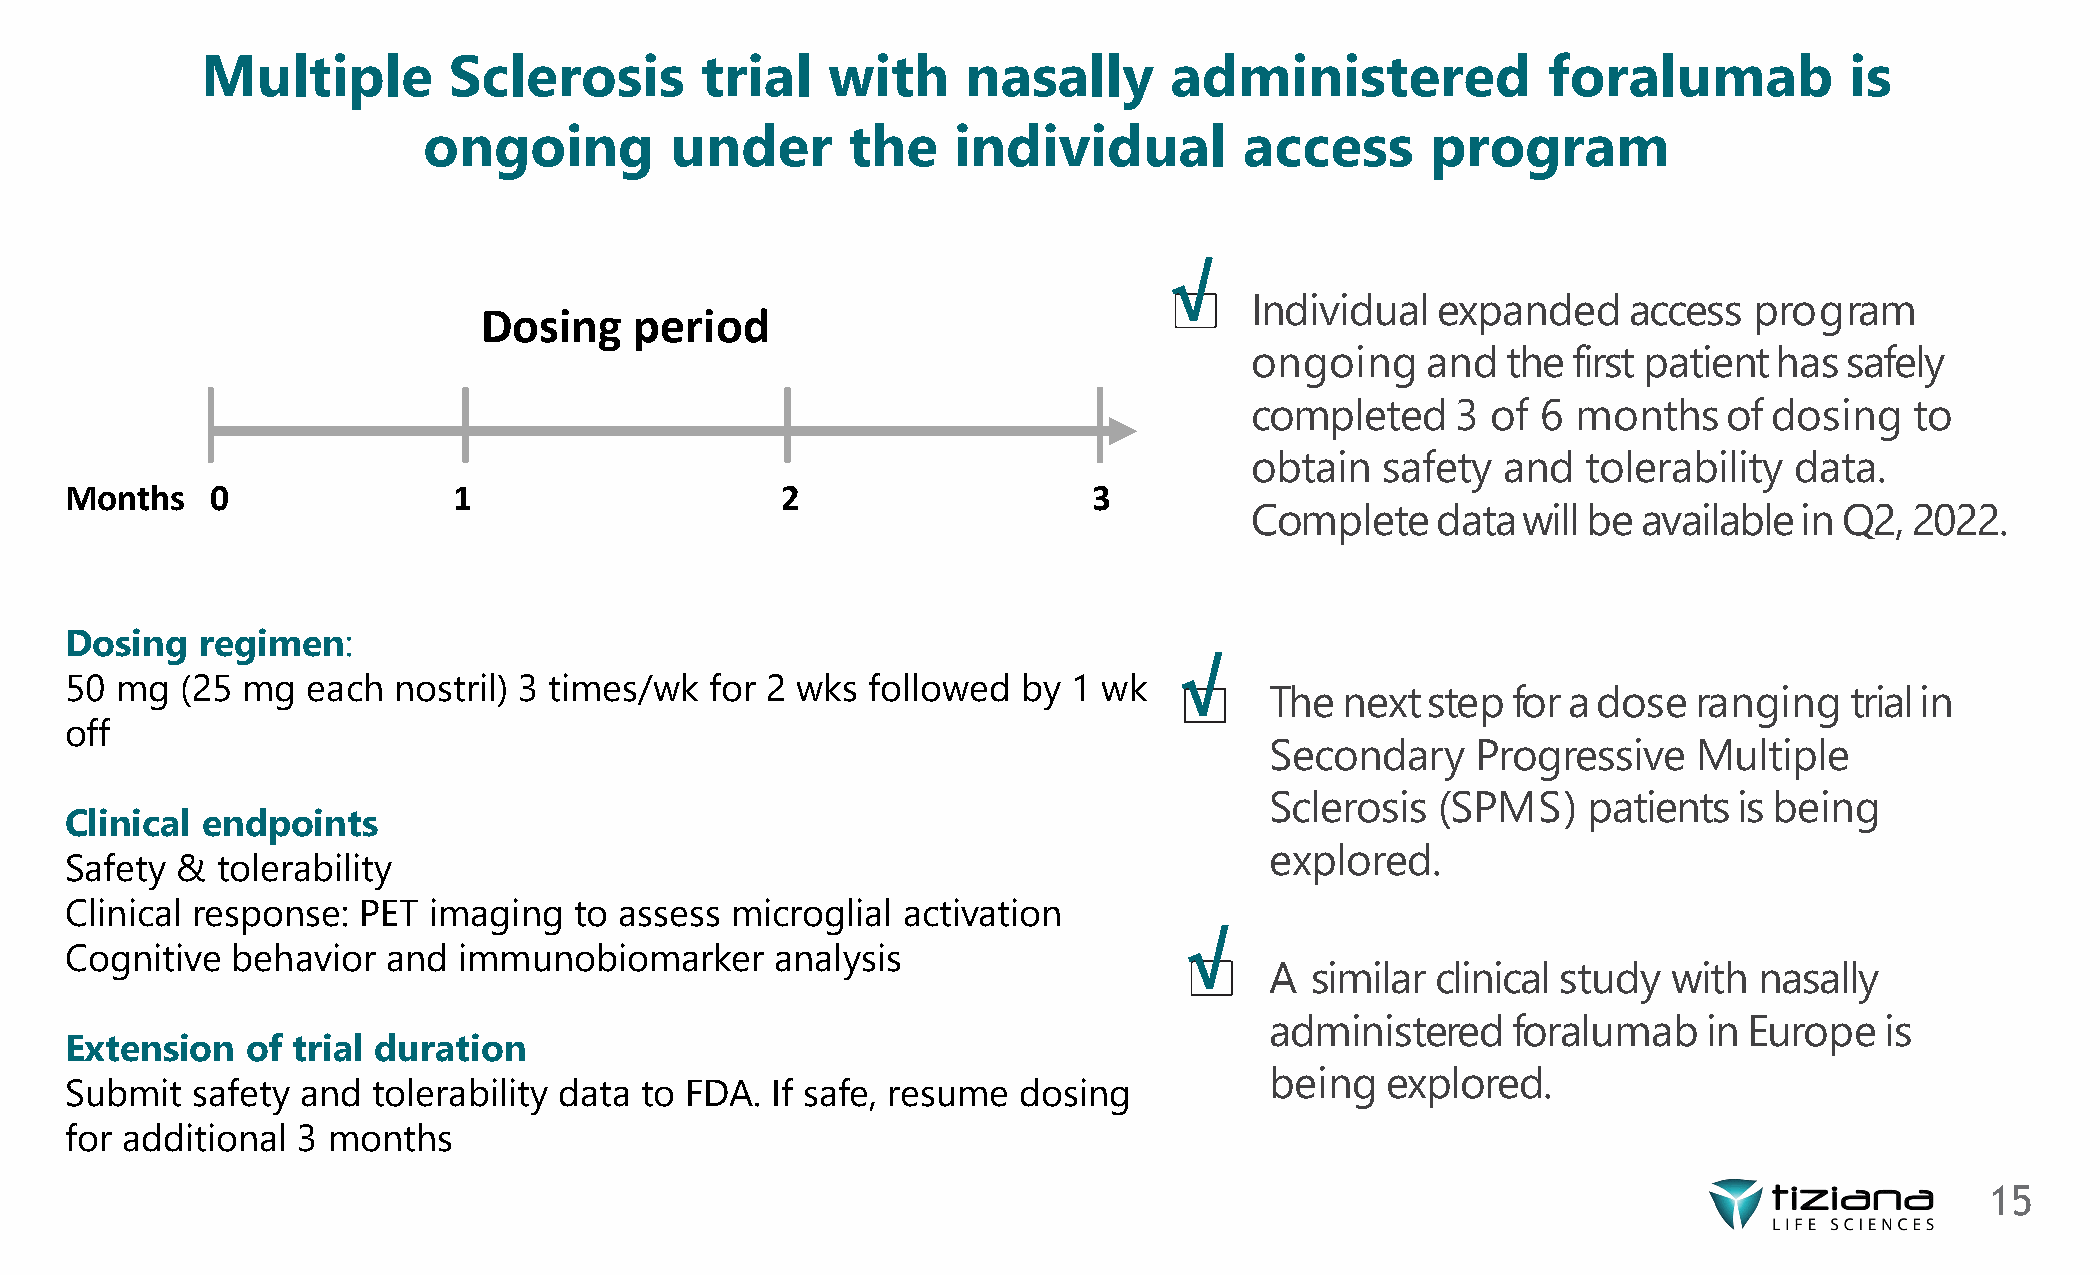
Multiple         Sclerosis       trial    with     nasally      administered             foralumab           is
 ongoing         under       the    individual         access       program
 Individual  expanded     access  program
 Dosing    period
 ongoing    and   the first patienthas  safely
 completed    3  of 6 months    of dosing    to
 obtain   safety  and  tolerability  data.
 Months    0               1                     2                   3
 Completedatawillbe        availablein  Q2,  2022.
 Dosing   regimen:
 50  mg  (25 mg  each  nostril) 3 times/wk  for 2 wks followed   by 1 wk
 The  nextstep   for adose   ranging   trialin
 off
 Secondary     Progressive   Multiple
 Sclerosis  (SPMS)    patients  is being
 Clinical endpoints
 explored.
 Safety  & tolerability
 Clinical response:  PET imaging   to assess microglial  activation
 Cognitive  behavior   and immunobiomarker      analysis
 A  similar clinical study  with nasally
 administered    foralumab    in Europe   is
 Extension   of trial duration
 being   explored.
 Submit   safety and  tolerability data to FDA. If safe, resume dosing
 for additional  3 months
 15